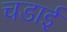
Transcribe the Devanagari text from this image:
चडाई